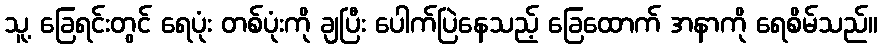
သူ့ ခြေရင်းတွင် ရေပုံး တစ်ပုံးကို ချပြီး ပေါက်ပြဲနေသည့် ခြေထောက် အနာကို ရေစိမ်သည်။